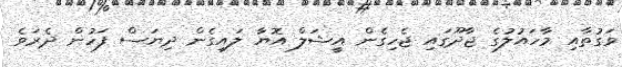
ވަގުތާއި މާހައުލުގެ ޖާދޫގައި ޖެހިގެން އީޝަލް އޮޔާ ލައިގެން ދިޔަސް ފަހުން ދެރަވެ